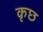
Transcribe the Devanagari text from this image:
कृछ